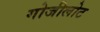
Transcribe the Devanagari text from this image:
गोजीलोट